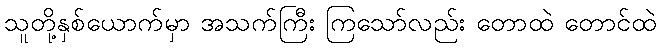
သူတို့နှစ်ယောက်မှာ အသက်ကြီး ကြသော်လည်း တောထဲ တောင်ထဲ